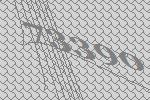
73390